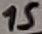
Text: 15